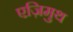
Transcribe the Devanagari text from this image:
एज़िमुथ